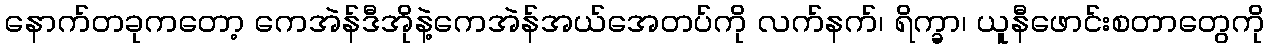
နောက်တခုကတော့ ကေအဲန်ဒီအိုနဲ့ကေအဲန်အယ်အေတပ်ကို လက်နက်၊ ရိက္ခာ၊ ယူနီဖောင်းစတာတွေကို